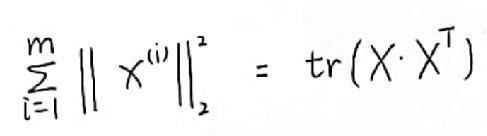
$\sum_{i = 1}^{m} \left\| x^{(i)} \right\|_2^2 = tr(X \cdot X^T)$